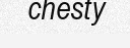
chesty